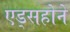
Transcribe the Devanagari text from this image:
एड्सहोने